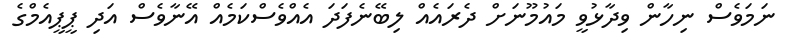
ނަމަވެސް ނިހާން ވިދާޅުވީ މައުމޫނަށް ދެރައެއް ލިބޭނެފަދަ އެއްވެސްކަމެއް އޭނާވެސް އަދި ޕީޕީއެމްގެ